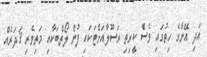
އަދި އޭނާގެ ހިތުގައި ވެސް ކީރިތި ރަސޫލާއަށްޓަކައި ފުން ލޯތްބަކާއި މަތިވެރި ޤަދަރެއް